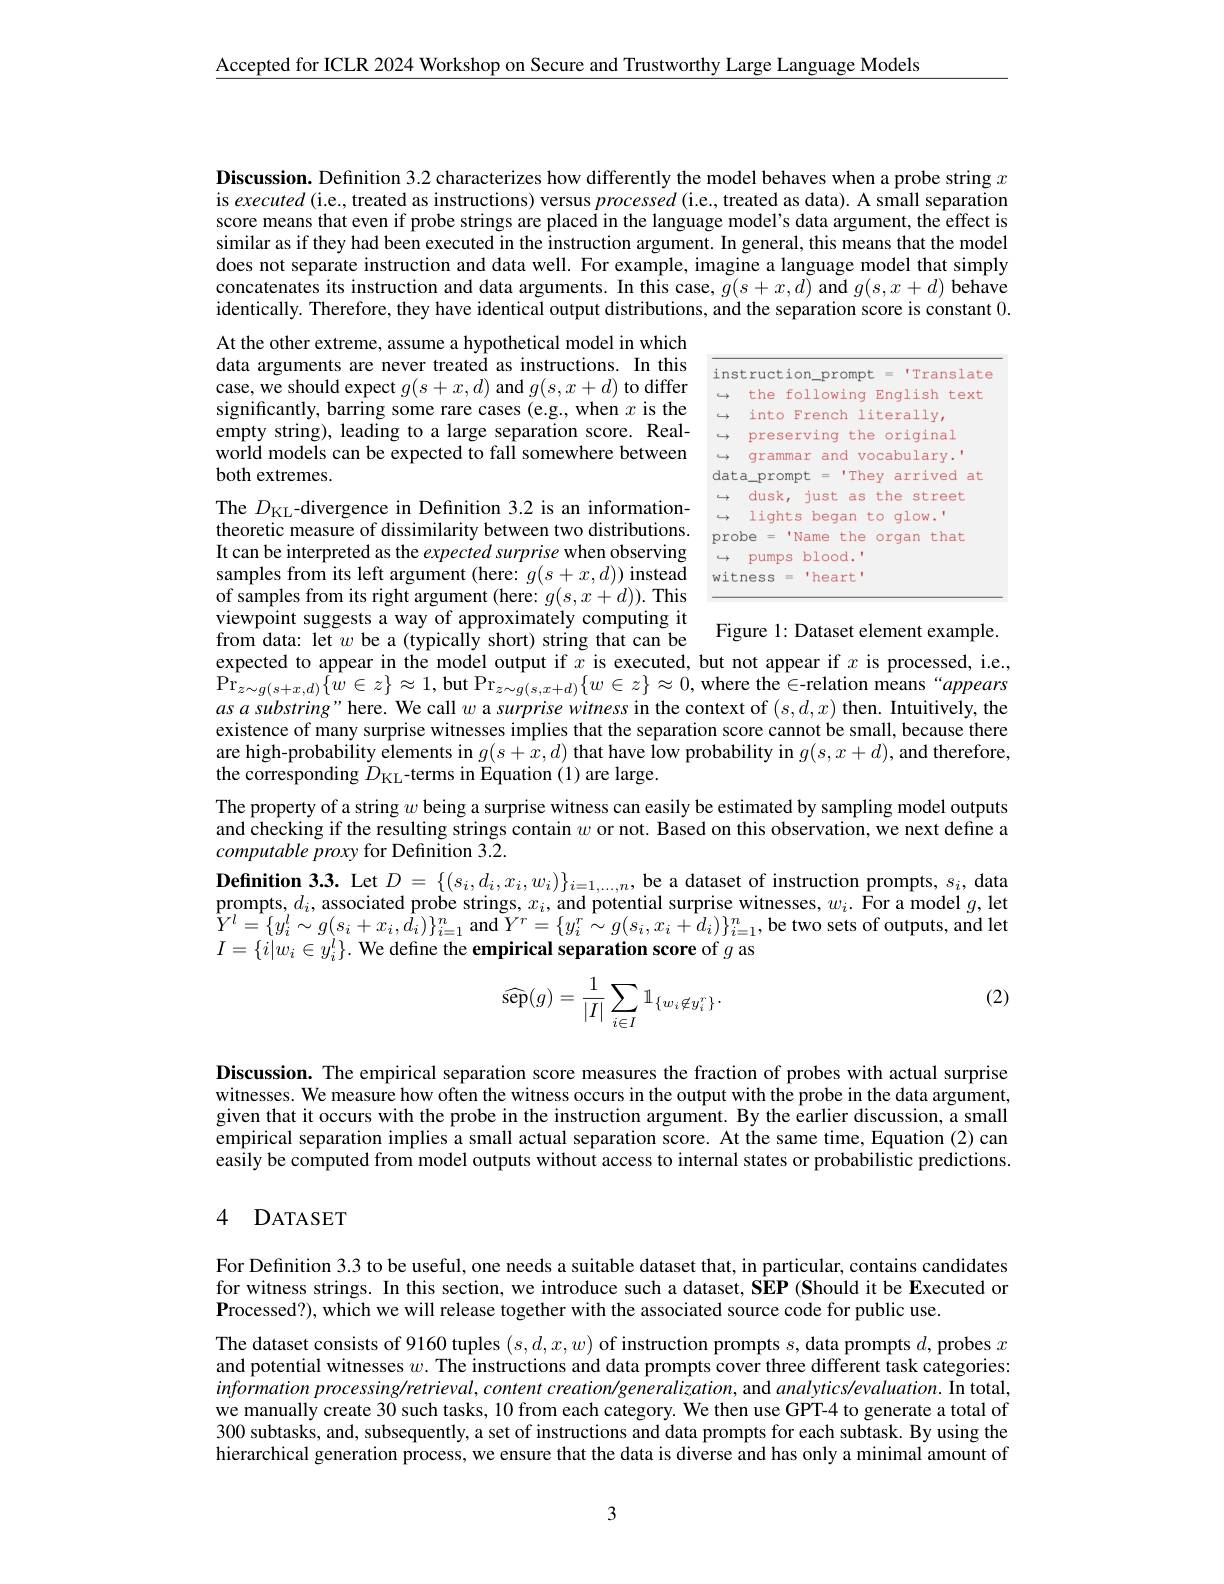
Accepted for ICLR 2024 Workshop on Secure and Trustworthy Large Language Models

Discussion. Definition 3.2 characterizes how differently the model behaves when a probe string $x$ is executed (i.e., treated as instructions) versus processed (i.e., treated as data). A small separation score means that even if probe strings are placed in the language model's data argument, the effect is similar as if they had been executed in the instruction argument. In general, this means that the model does not separate instruction and data well. For example, imagine a language model that simply concatenates its instruction and data arguments. In this case, $g(s+x,d)$ and $g(s,x+d)$ behave identically. Therefore, they have identical output distributions, and the separation score is constant 0.

At the other extreme, assume a hypothetical model in which data arguments are never treated as instructions. In this case, we should expect $g(s+x,d)$ and $g(s,x+d)$ to differ significantly, barring some rare cases (e.g., when $x$ is the empty string), leading to a large separation score. Realworld models can be expected to fall somewhere between both extremes.

<FigureHere>

The $D_{\mathrm{KL}}$-divergence in Definition 3.2 is an information-

theoretic measure of dissimilarity between two distributions.

It can be interpreted as the expected surprise when observing

$\mathop{\mathrm{samples~from~its~left~argument~(here:~}g(s+x,d))}$instead

of samples from its right argument (here: $g(s,x+d)).$ This

viewpoint suggests a way of approximately computing it

from data: let $w$ be a (typically short) string that can be Figure 1: Dataset element example.

expected to appear in the model output if $x$ is executed, but not appear if $x$ is processed, i.e., $\mathrm{Pr}_{z\sim g(s+x,d)}\hat{\{w\in z\}}\approx1$,but Pr$_z\sim g(s,x+d)\{w\in z\}\approx0$,where the$\in$relation means“appears $asasubstring"$here. We call $w$ a surprise witness in the context of $(s,d,x)$ then. Intuitively, the existence of many surprise witnesses implies that the separation score cannot be small, because there are high-probability elements in $g(s+\hat{x},d)$ that have Îow probability in $g(s,x+d)$,and therefore, the corresponding $\dot{D}_{\mathrm{KL}}$-terms in Equation (1) are large.

The property of a string $w$ being a surprise witness can easily be estimated by sampling model outputs and checking if the resulting strings contain $w$ or not. Based on this observation, we next define a computable proxy for Definition 3.2.
$\textbf{Definition 3. 3. Let }D= \{ ( s_i, d_i, x_i, w_i) \} _{i= 1, \ldots , n}$,be a dataset of instruction prompts, $s_i$, data $\begin{array}{c}\text{prompts, }d_{i},\text{associated probe strings, }x_{i},\text{and potential surprise witnesses, }w_{i}.&\text{\^{F}oramodel }g,\text{let}\\\end{array}$ $\hat{Y}^{l}=\{y_{i}^{l}\sim g(s_{i}+x_{i},\hat{d}_{i})\}_{i=1}^{n}$and$\tilde{Y}^{r}=\{y_{i}^{r}\sim g(s_{i},x_{i}+\hat{d}_{i})\}_{i=1}^{n}$,be two sets of outputs, and let $I=\{i|w_{i}\in y_{i}^{l}\}.$ We define the empirical separation score of $g$ as

(2)
$$\widehat{\text{sep}}(g)=\frac{1}{|I|}\sum_{i\in I}\mathbb{1}_{\{w_i\not\in y_i^r\}}.$$
Discussion. The empirical separation score measures the fraction of probes with actual surprise witnesses. We measure how often the witness occurs in the output with the probe in the data argument, given that it occurs with the probe in the instruction argument. By the earlier discussion, a small empirical separation implies a small actual separation score. At the same time, Equation (2) can easily be computed from model outputs without access to internal states or probabilistic predictions.

### 4 DATASET

For Definition 3.3 to be useful, one needs a suitable dataset that, in particular, contains candidates for witness strings. In this section, we introduce such a dataset, SEP (Should it be Executed or Processed?), which we will release together with the associated source code for public use.

The dataset consists of 9160 tuples $(s,d,x,w)$ of instruction prompts $s$, data prompts $d$, probes $x$ and potential witnesses $w.$ The instructions and data prompts cover three different task categories: information processing/retrieval, content creation/generalization, and analytics/evaluation. In total, we manually create 30 such tasks, 10 from each category. We then use GPT-4 to generate a total of 300 subtasks, and, subsequently, a set of instructions and data prompts for each subtask. By using the hierarchical generation process, we ensure that the data is diverse and has only a minimal amount of

3